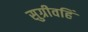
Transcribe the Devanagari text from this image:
सुग्रीवहिं